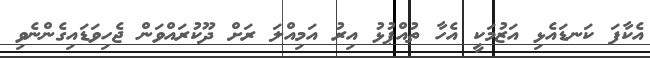
އެކާފަ ކަނޑައެޅި އަޒުމަކީ އެހާ ތުއްޕުޅު އިރު އަމިއްލަ ރަށް ދޫކުރައްވަން ޖެހިވަޑައިގެންނެވި